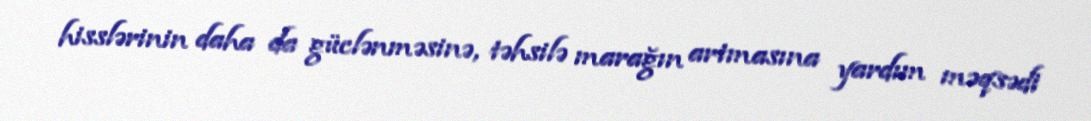
hisslərinin daha da güclənməsinə, təhsilə marağın artmasına yardım məqsədi